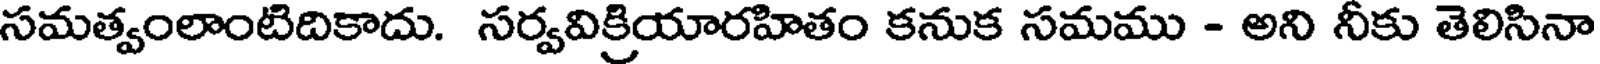
సమత్వంలాంటిదికాదు. సర్వవిక్రియారహితం కనుక సమము - అని నీకు తెలిసినా